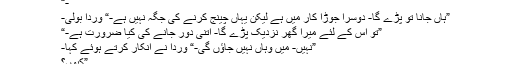
-“
”ہاں جانا تو پڑے گا- دوسرا جوڑا کار میں ہے لیکن یہاں چینج کرنے کی جگہ نہیں ہے-“ وردا بولی-
”تو اس کے لئے میرا گھر نزدیک پڑے گا- اتنی دور جانے کی کیا ضرورت ہے-“
”نہیں- میں وہاں نہیں جاﺅں گی-“ وردا نے انکار کرتے ہوئے کہا-
”کیوں؟